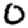
Digit: 0